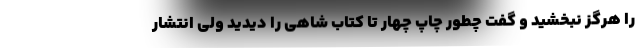
را هرگز نبخشید و گفت چطور چاپ چهار تا کتاب شاهی را دیدید ولی انتشار